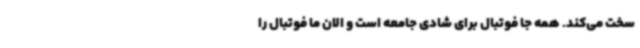
سخت می‌کند. همه جا فوتبال برای شادی جامعه است و الان ما فوتبال را